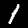
Label: 1